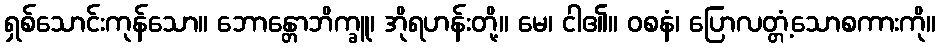
ရှစ်သောင်းကုန်သော။ ဘောန္တောဘိက္ခူ၊ အိုရဟန်းတို့။ မေ၊ ငါ၏။ ဝစနံ၊ ပြောလတ္တံ့သောစကားကို။